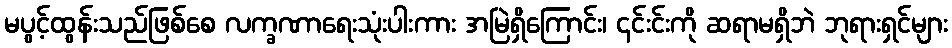
မပွင့်ထွန်းသည်ဖြစ်စေ လက္ခဏာရေးသုံးပါးကား အမြဲရှိကြောင်း၊ ၎င်းင်းကို ဆရာမရှိဘဲ ဘုရားရှင်များ